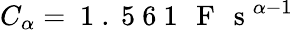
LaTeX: C_{\alpha}=\mathrm{~1~.~5~6~1~\, ~F~\, ~s~}^{\alpha-1}